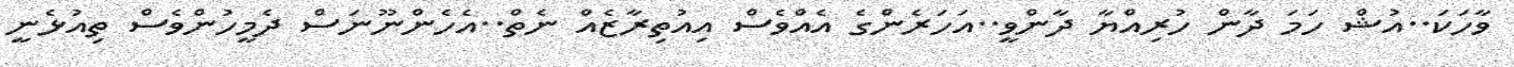
ވާހަކަ..އުޝް ހަމަ ދާން ހުރިއްޔާ ދާންވީ..އަހަރެންގެ އެއްވެސް އިއުތިރާޒެއް ނެތް..އެހެންނޫނަސް ދެމީހުންވެސް ތިއުޅެނީ